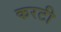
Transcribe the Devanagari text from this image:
करटी